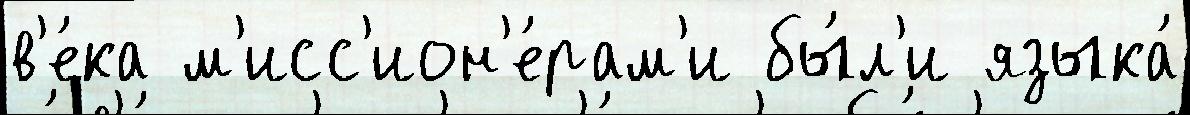
в'е́ка м'исс'ион'е́рам'и бы́л'и языка́